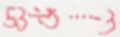
5 3 \div 5 \cdots 3